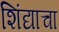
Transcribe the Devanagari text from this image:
शिंद्याचा